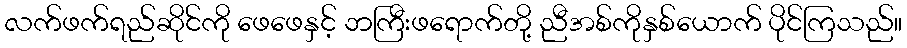
လက်ဖက်ရည်ဆိုင်ကို ဖေဖေနှင့် ဘကြီးဖရောက်တို့ ညီအစ်ကိုနှစ်ယောက် ပိုင်ကြသည်။